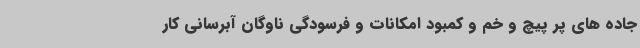
جاده های پر پیچ و خم و کمبود امکانات و فرسودگی ناوگان آبرسانی کار